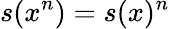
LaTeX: s(x^{n})=s(x)^{n}